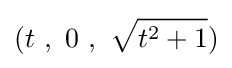
(t\ ,\ 0\ ,\ {\sqrt {t^{2}+1}})